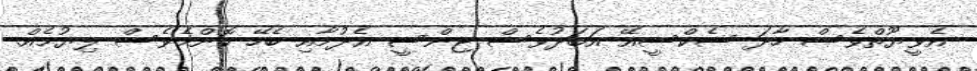
އެވީޔޫތްވެސް ހާދަ ސެކްސީއޭ އަބަދުވެސް ޖިންސީ އެދުމާއި ބެހޭ ކޮންމެވެސް ލިޔުމެއް.